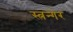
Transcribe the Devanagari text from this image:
स्त्रन्गेर